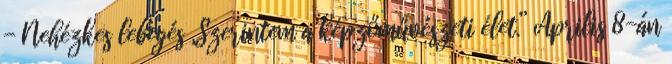
- Nehézkes lebegés „Szerintem a képzőművészeti élet.” Április 8-án